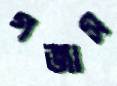
গজাস